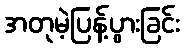
အတုမဲ့ပြန့်ပွားခြင်း